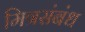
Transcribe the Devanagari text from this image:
मित्रसंबंध